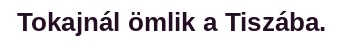
Tokajnál ömlik a Tiszába.